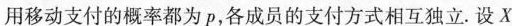
用移动支付的概率都为p，各成员的支付方式相互独立。设X